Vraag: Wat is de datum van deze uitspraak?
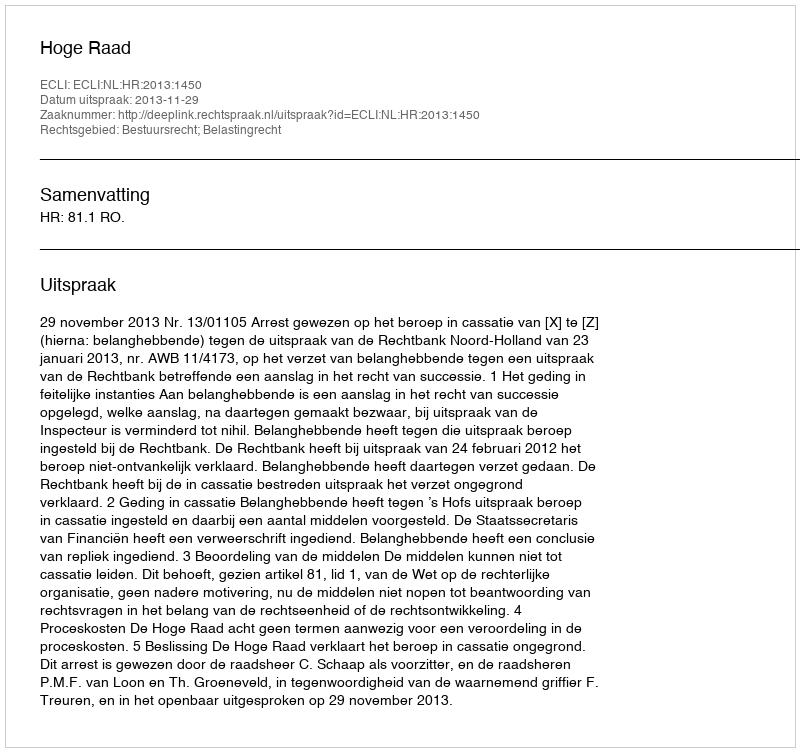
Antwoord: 2013-11-29